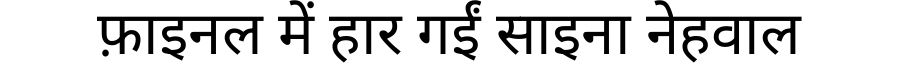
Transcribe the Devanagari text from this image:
फ़ाइनल में हार गईं साइना नेहवाल